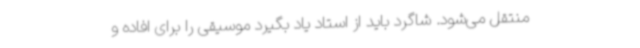
منتقل می‌شود. شاگرد باید از استاد یاد بگیرد موسیقی را برای افاده و